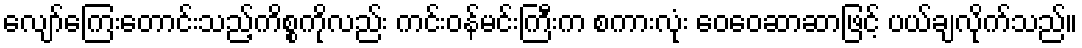
လျော်ကြေးတောင်းသည့်ကိစ္စကိုလည်း ကင်းဝန်မင်းကြီးက စကားလုံး ဝေဝေဆာဆာဖြင့် ပယ်ချလိုက်သည်။